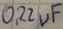
Text: 0,22µF